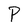
Character: P